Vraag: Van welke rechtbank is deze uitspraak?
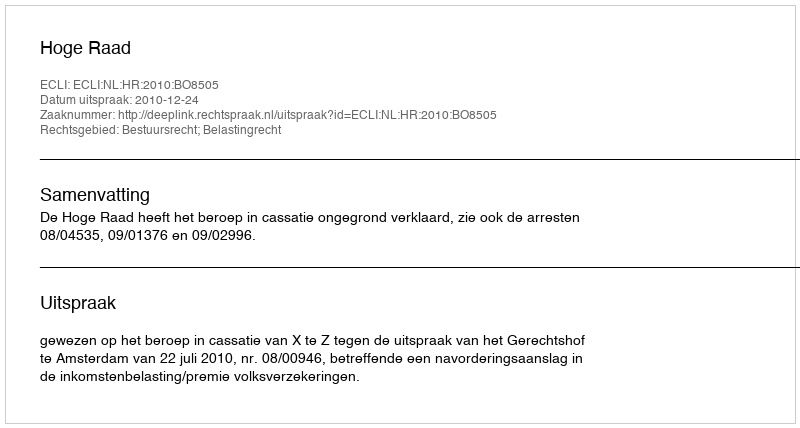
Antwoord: Hoge Raad